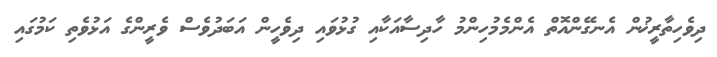
ދިވެހިތާރީޚުން އެނގޭންއޮތް އެންމެމުހިންމު ހާދިސާއަކާއި ގުޅުވައި ދިވެހީން އަބަދުވެސް ވެރީންގެ އަޅުވެތި ކަމުގައި